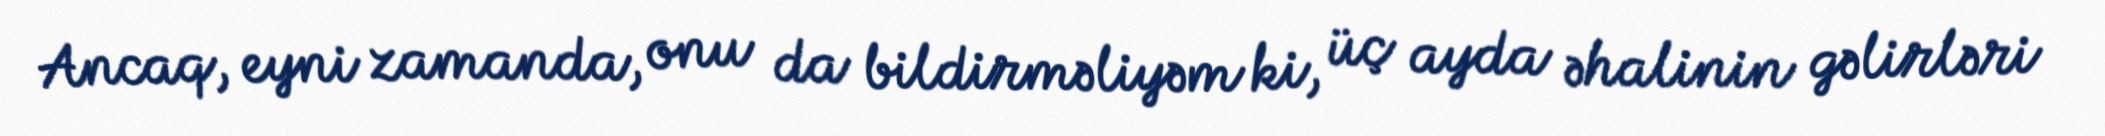
Ancaq, eyni zamanda, onu da bildirməliyəm ki, üç ayda əhalinin gəlirləri